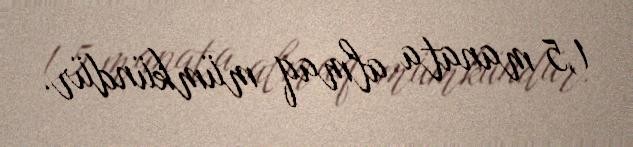
1,5 manata almaq mümkündür.